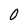
Character: 0